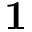
{ \bf 1 }